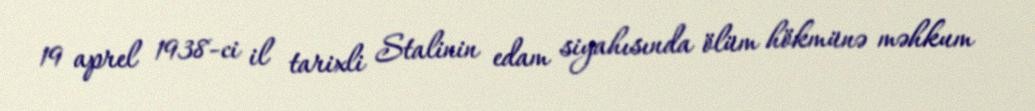
19 aprel 1938-ci il tarixli Stalinin edam siyahısında ölüm hökmünə məhkum